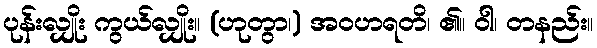
ပုန်းလျှိုး ကွယ်လျှိုး။ (ဟုတွာ၊) အဝဟရတိ၊ ၏။ ဝါ၊ တနည်း။